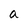
Character: a